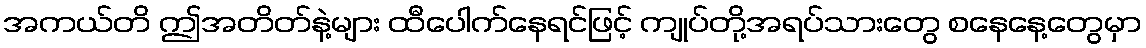
အကယ်တိ ဤအတိတ်နဲ့များ ထီပေါက်နေရင်ဖြင့် ကျုပ်တို့အရပ်သားတွေ စနေနေ့တွေမှာ